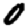
Digit: 0